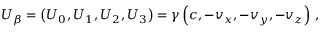
U _ { \beta } = \left( U _ { 0 } , U _ { 1 } , U _ { 2 } , U _ { 3 } \right) = \gamma \left( c , - v _ { x } , - v _ { y } , - v _ { z } \right) \, ,